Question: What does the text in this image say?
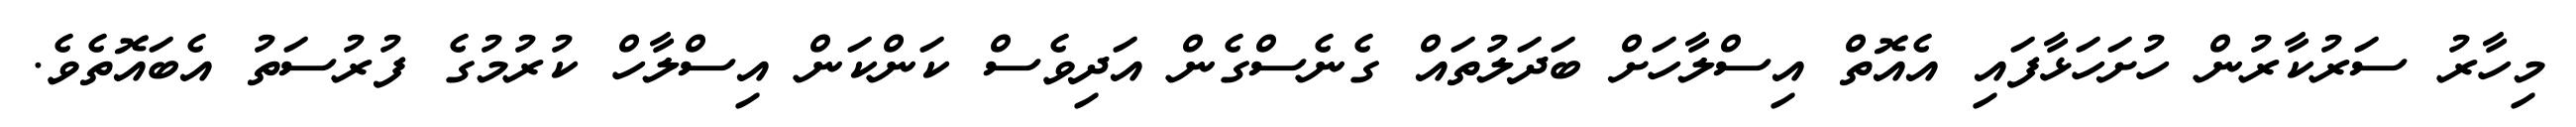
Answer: މިހާރު ސަރުކާރުން ހުށަހަޅާފައި އެއޮތް އިސްލާހަށް ބަދަލުތައް ގެނެސްގެން އަދިވެސް ކަންކަން އިސްލާހް ކުރުމުގެ ފުރުސަތު އެބައޮތެވެ.